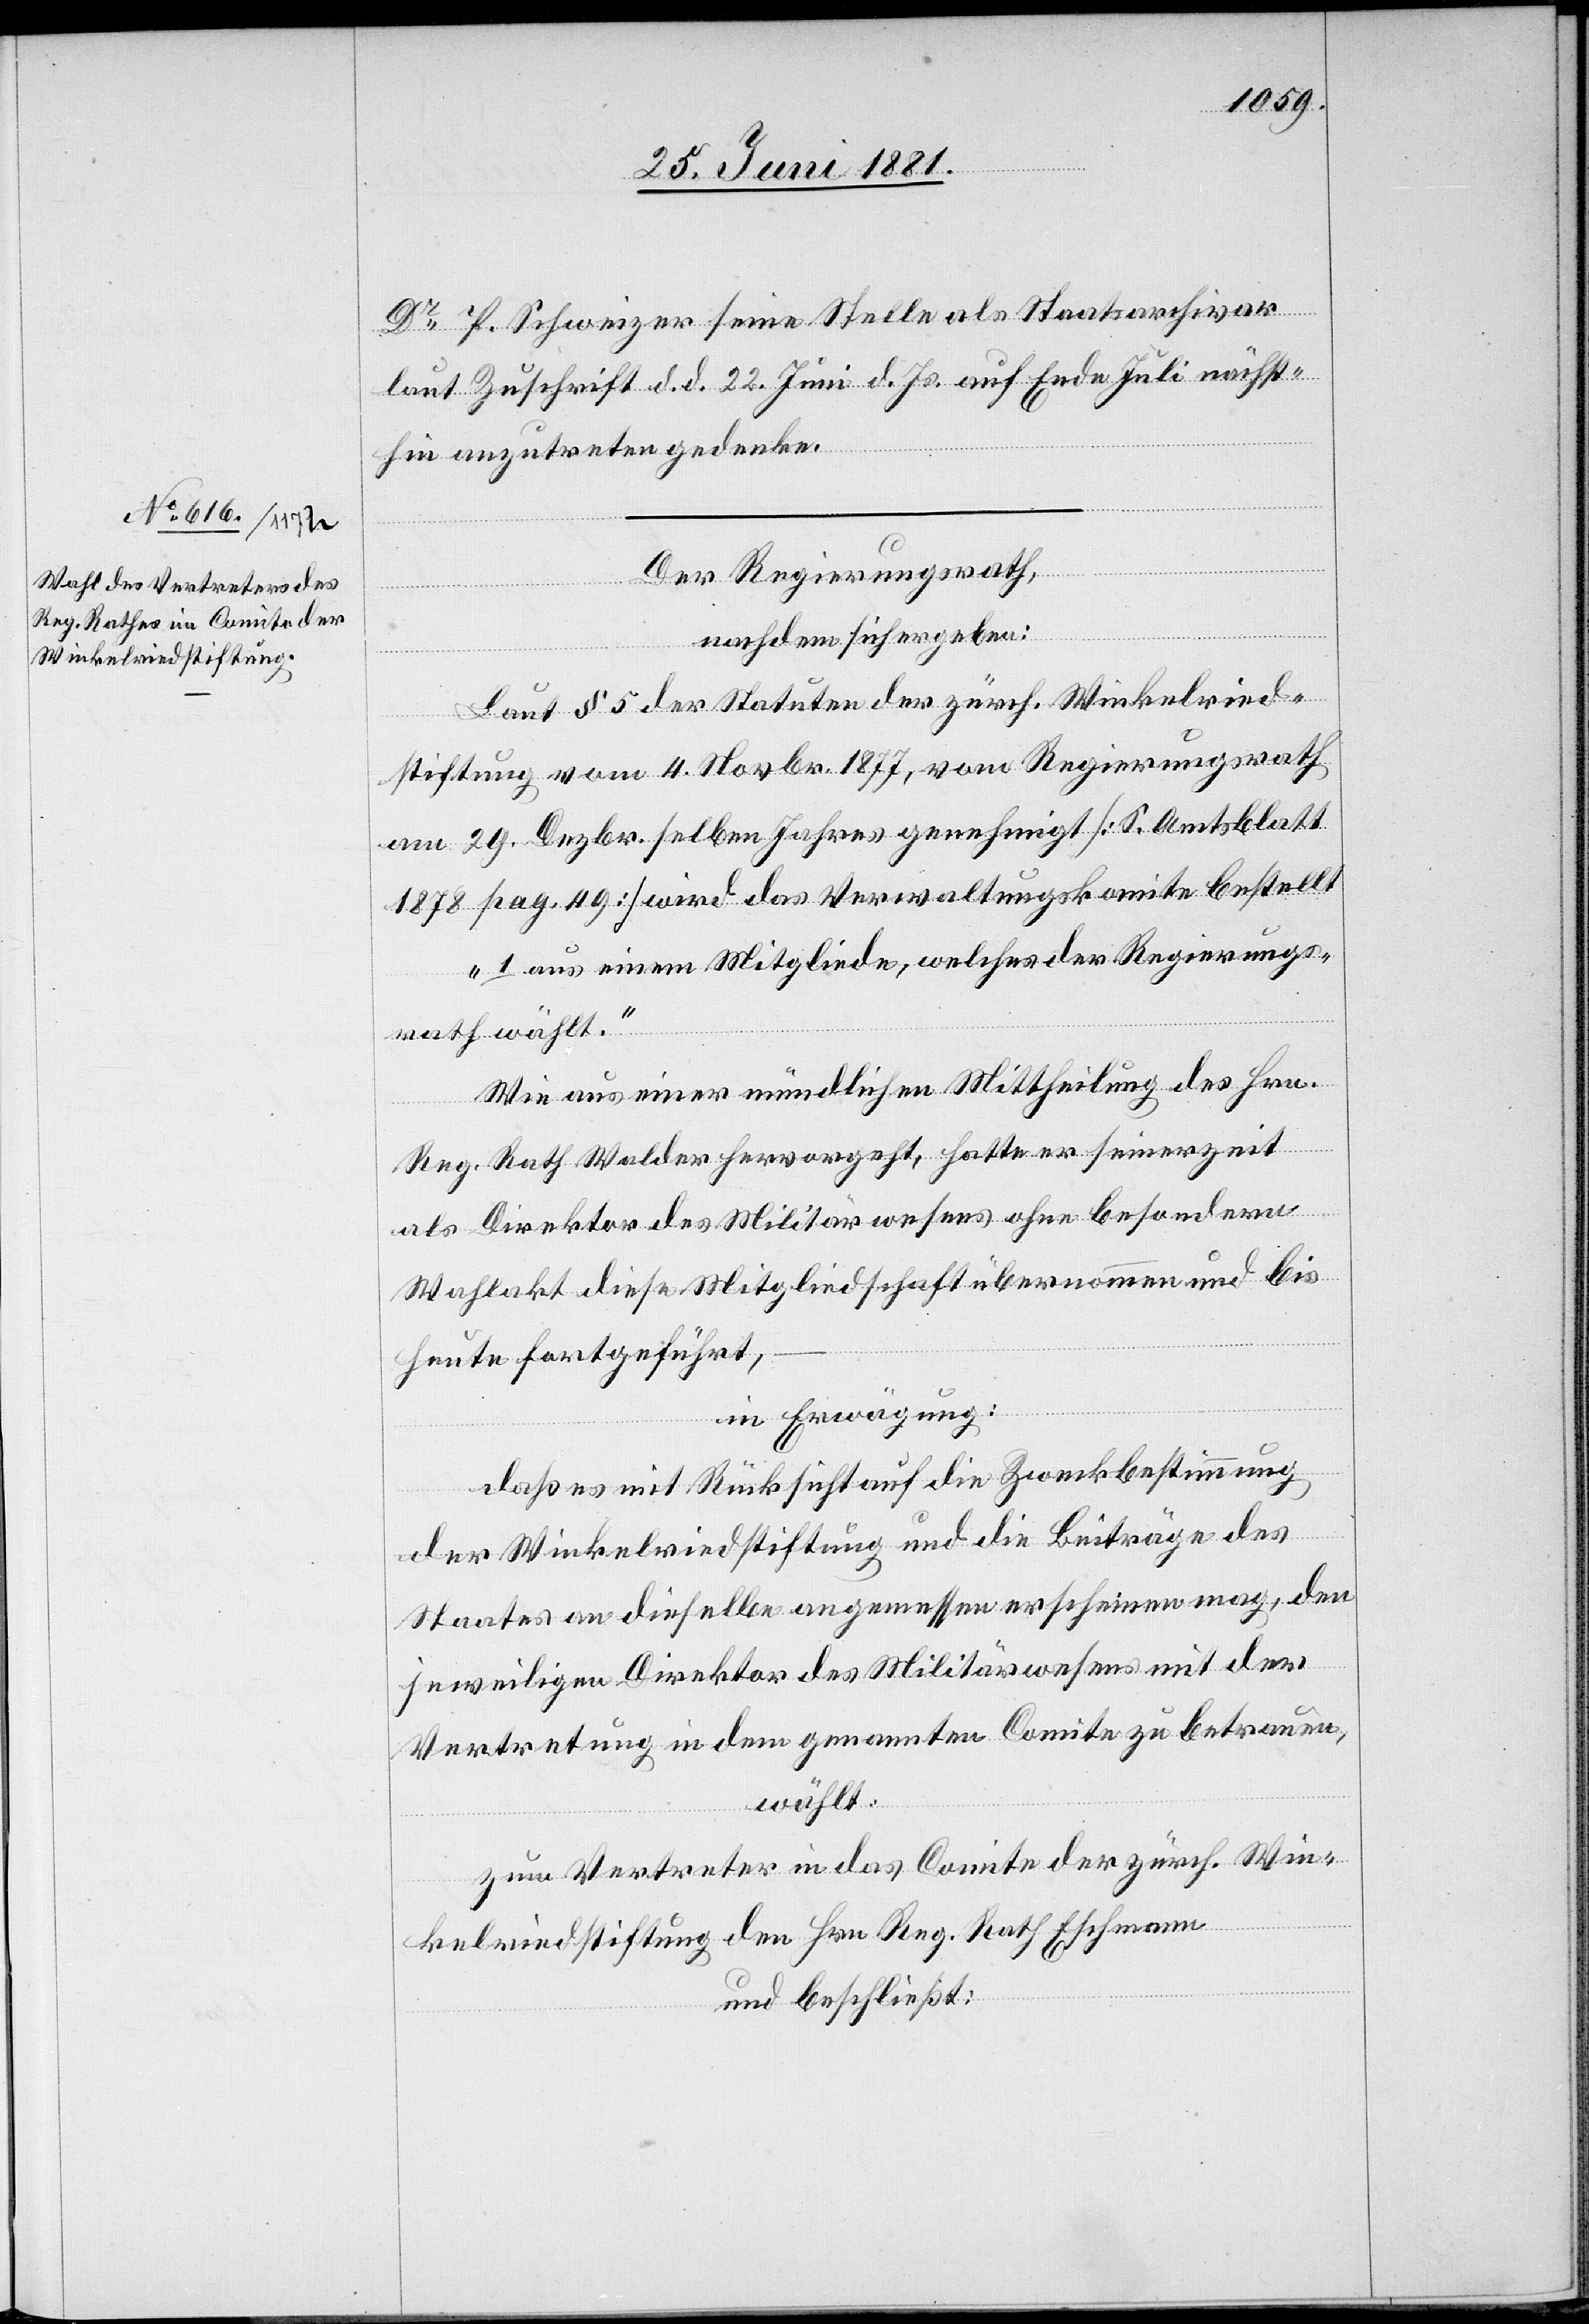
Dr P. Schweizer seine Stelle als Staatsarchivar
laut Zuschrift d. d. 22. Juni d. Js. auf Ende Juli nächst¬
hin anzutreten gedenke.
Der Regierungsrath,
nachdem sich ergeben:
Laut § 5 der Statuten der zürch. Winkelried¬
stiftung vom 4. Novbr. 1877, vom Regierungsrath
am 29. Dezbr. selben Jahres genehmigt [S. Amtsblatt
1878 pag. 49] wird das Verwaltungskomite bestellt
„1. aus einem Mitgliede, welches der Regierungs¬
rath wählt.“
Wie aus einer mündlichen Mittheilung des Hrn.
Reg. Rath Walder hervorgeht, hatte er seinerzeit
als Direktor des Militärwesens ohne besondern
Wahlakt diese Mitgliedschaft übernommen und bis
heute fortgeführt,
in Erwägung:
daß es mit Rücksicht auf die Zweckbestimmung
der Winkelriedstiftung und die Beiträge des
Staates an dieselbe angemessen erscheinen mag, den
jeweiligen Direktor des Militärwesens mit der
Vertretung in dem genannten Comite zu betrauen,
wählt:
zum Vertreter in das Comite der zürch. Win¬
kelriedstiftung den Hrn. Reg. Rath Eschmann
und beschließt: